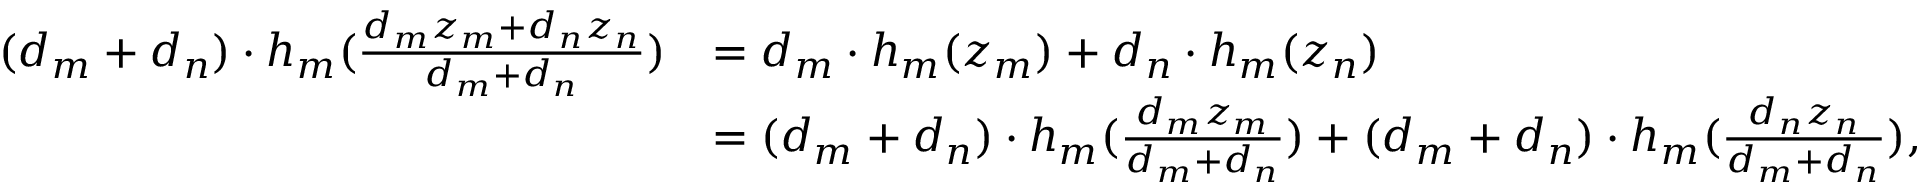
\begin{array} { r l } { ( d _ { m } + d _ { n } ) \cdot h _ { m } ( \frac { d _ { m } z _ { m } + d _ { n } z _ { n } } { d _ { m } + d _ { n } } ) } & { = d _ { m } \cdot h _ { m } ( z _ { m } ) + d _ { n } \cdot h _ { m } ( z _ { n } ) } \\ & { = ( d _ { m } + d _ { n } ) \cdot h _ { m } ( \frac { d _ { m } z _ { m } } { d _ { m } + d _ { n } } ) + ( d _ { m } + d _ { n } ) \cdot h _ { m } ( \frac { d _ { n } z _ { n } } { d _ { m } + d _ { n } } ) , } \end{array}